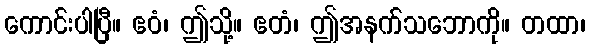
ကောင်းပါပြီ။ ဧဝံ၊ ဤသို့။ ဧတံ၊ ဤအနက်သဘောကို။ တထာ၊